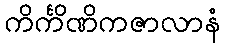
ကိင်္ကိဏိကဇာလာနံ